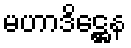
မဟာဒိဋ္ဌေန